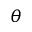
\theta